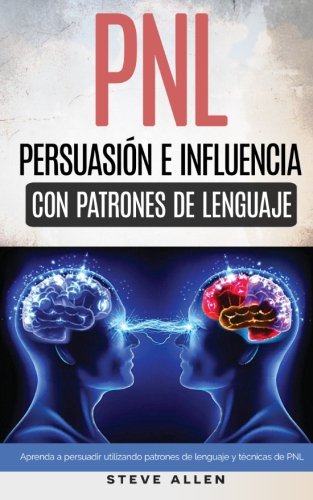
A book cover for PNL - PersuasiÃ³n e influencia usando patrones de lenguaje y tÃ©cnicas de PNL: CÃ³mo persuadir, influenciar y manipular usando patrones de lenguaje y tÃ©cnicas de PNL (Spanish Edition); Steve Allen; Self-Help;